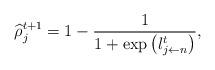
LaTeX: \begin{align*} \widehat{\rho}_{j}^{t+1}=1-\frac{1}{1+\mathrm{exp}\left(l_{j\leftarrow n}^{t}\right)}, \end{align*}